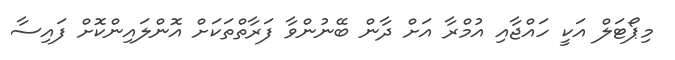
މިޕޯޓަލް އަކީ ހައްޖާއި އުމްރާ އަށް ދާން ބޭނުންވާ ފަރާތްތަކަށް އޮންލައިންކޮށް ފައިސާ